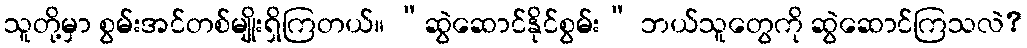
သူတို့မှာ စွမ်းအင်တစ်မျိုးရှိကြတယ်။ “ဆွဲဆောင်နိုင်စွမ်း” ဘယ်သူတွေကို ဆွဲဆောင်ကြသလဲ?